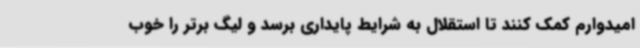
امیدوارم کمک کنند تا استقلال به شرایط پایداری برسد و لیگ برتر را خوب